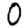
Digit: 0